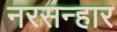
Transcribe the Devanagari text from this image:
नरसन्हार